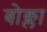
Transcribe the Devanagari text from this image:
बोक्ला